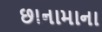
છાનામાના